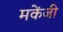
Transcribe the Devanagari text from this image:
मकेंजी